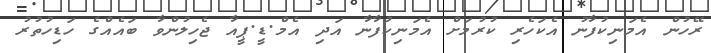
ރޭހުން އެމަނިކުފާނު އެކަހެރި ކުރުމަށް އެމަނިކުފާނާ އަދި އެމް.ޑީ.ޕީއާ ޖެހިލުންވާ ބައެއްގެ ހަޑިހުތުރު